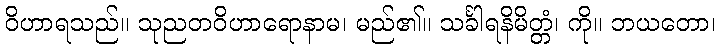
ဝိဟာရသည်။ သုညတဝိဟာရောနာမ၊ မည်၏။ သင်္ခါရနိမိတ္တံ၊ ကို။ ဘယတော၊